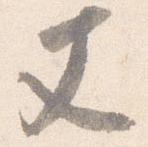
丈